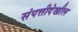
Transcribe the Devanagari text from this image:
संपत्तीदेखील